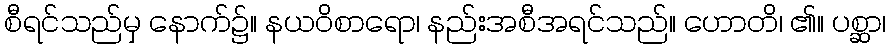
စီရင်သည်မှ နောက်၌။ နယဝိစာရော၊ နည်းအစီအရင်သည်။ ဟောတိ၊ ၏။ ပစ္ဆာ၊